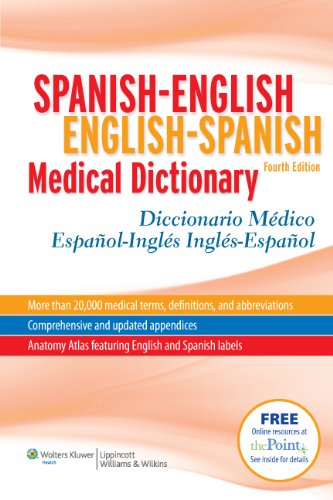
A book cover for Spanish-English English-Spanish Medical Dictionary: Diccionario MÃ©dico EspaÃ±ol-InglÃ©s InglÃ©s-EspaÃ±ol (Spanish to English/ English to Spanish Medical Dictionary) (Spanish Edition); Onyria Herrera McElroy PhD; Reference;